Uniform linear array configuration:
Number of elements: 32
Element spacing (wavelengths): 0.75
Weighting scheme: binomial
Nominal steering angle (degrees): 60
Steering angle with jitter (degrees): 60.016
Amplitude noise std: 0.05
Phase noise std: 0.05

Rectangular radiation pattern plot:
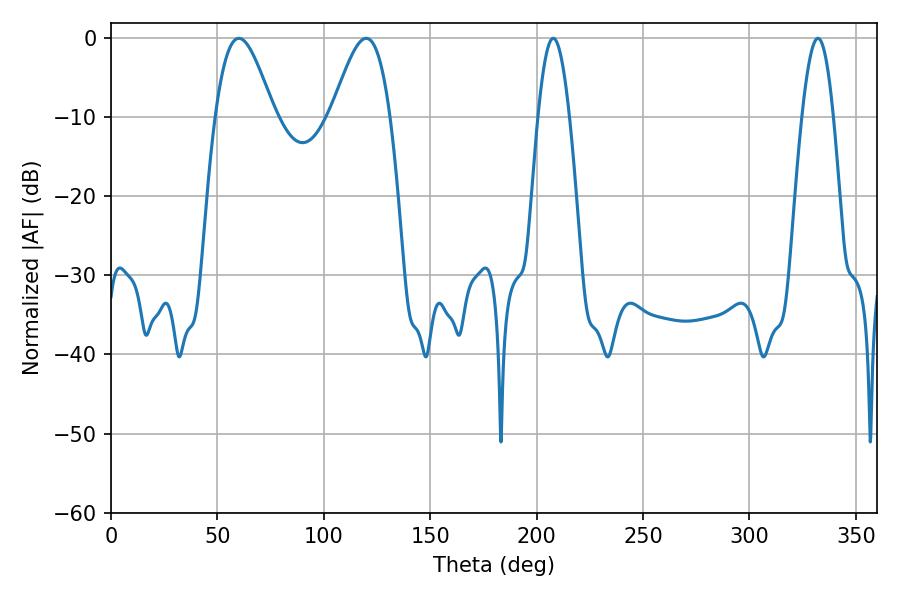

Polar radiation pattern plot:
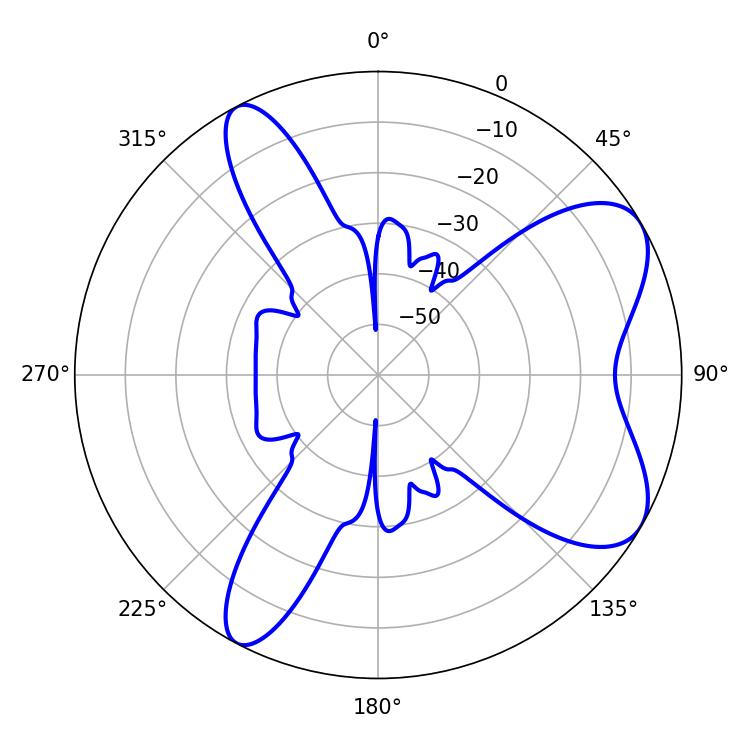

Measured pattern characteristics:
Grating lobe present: TRUE
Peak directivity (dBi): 7.29
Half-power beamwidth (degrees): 14.76
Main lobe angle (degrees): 60.12